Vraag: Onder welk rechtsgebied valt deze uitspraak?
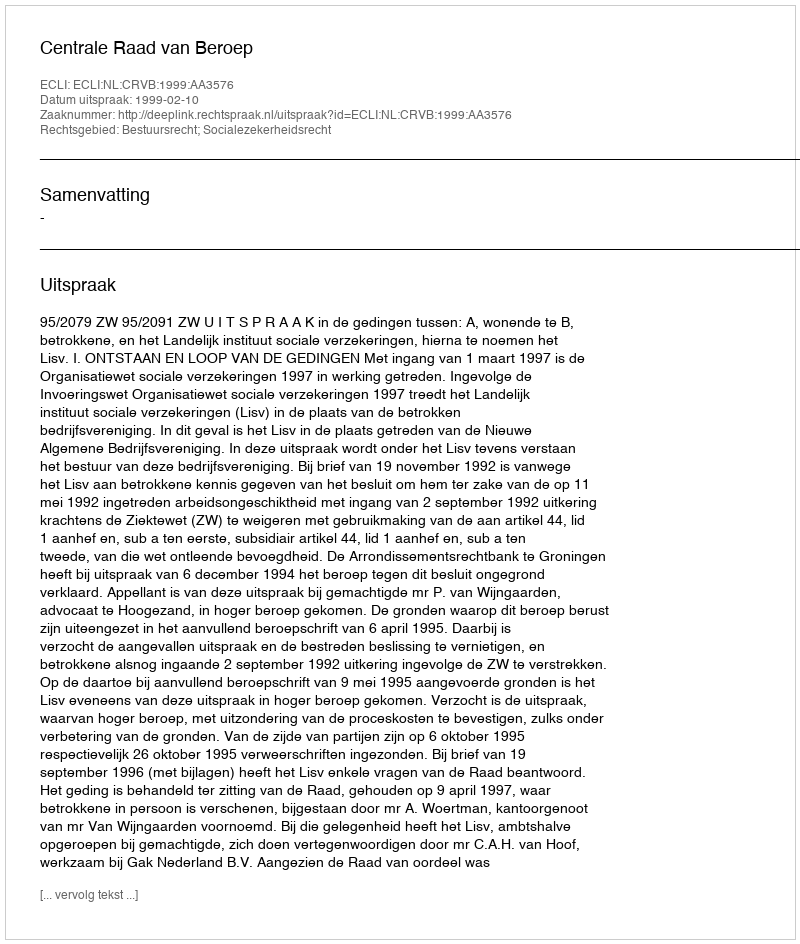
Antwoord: Bestuursrecht; Socialezekerheidsrecht